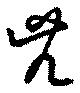
兕